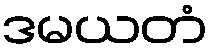
ဒမယတံ